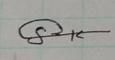
Signature authenticity: genuine